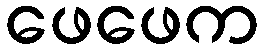
ဖေဖေက